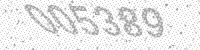
Solution: 005389